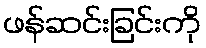
ဖန်ဆင်းခြင်းကို